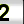
Digit: 2